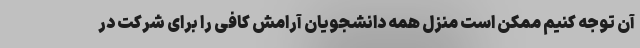
آن توجه کنیم ممکن است منزل همه دانشجویان آرامش کافی را برای شرکت در